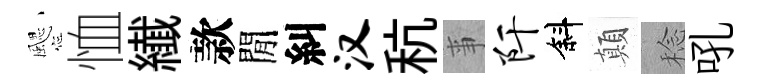
颸恤纎款閒糾汉秔亊阡斜顛稔吼